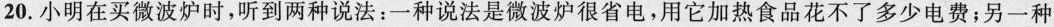
20.小明在买微波炉时，听到两种说法：一种说法是微波炉很省电，用它加热食品花不了多少电费；另一种